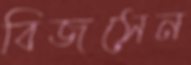
বিজসেন